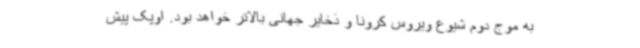
به موج دوم شیوع ویروس کرونا و ذخایر جهانی بالاتر خواهد بود. اوپک پیش